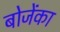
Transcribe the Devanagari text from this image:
बोजेंका